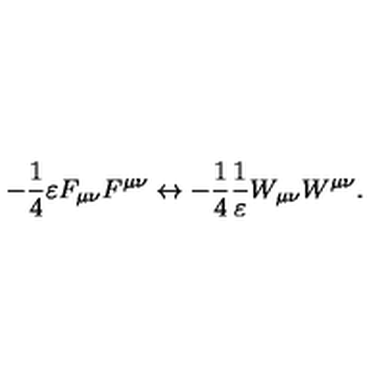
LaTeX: - \frac { 1 } { 4 } \varepsilon F _ { \mu \nu } F ^ { \mu \nu } \leftrightarrow - \frac { 1 } { 4 } \frac { 1 } { \varepsilon } W _ { \mu \nu } W ^ { \mu \nu } .